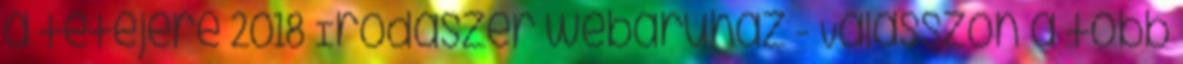
a tetejére 2018 Irodaszer webáruház - Válasszon a több